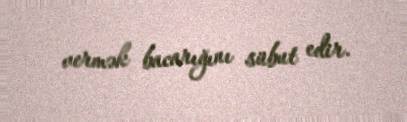
vermək bacarığını sübut edir.